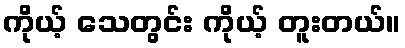
ကိုယ့် သေတွင်း ကိုယ့် တူးတယ်။